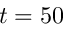
t = 5 0